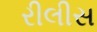
રીલીસ